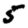
Digit: 5